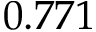
0 . 7 7 1